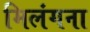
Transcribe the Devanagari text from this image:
मिलंगना